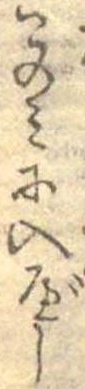
このみに入べし